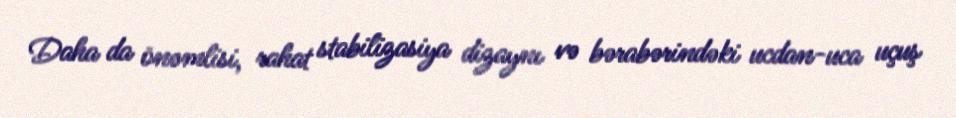
Daha da önəmlisi, rahat stabilizasiya dizaynı və bərabərindəki ucdan-uca uçuş